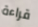
قراءة